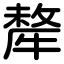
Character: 犛